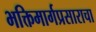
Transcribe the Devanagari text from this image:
भक्तिमार्गप्रसाराचा